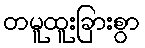
တမူထူးခြားစွာ